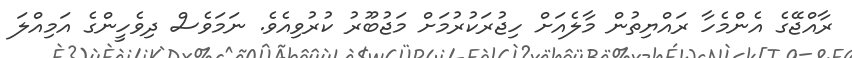
ރާއްޖޭގެ އެންމެހާ ރައްޔިތުން މާލެއަށް ހިޖުރަކުރުމަށް މަޖުބޫރު ކުރުވިއެވެ. ނަމަވެސް ދިވެހީންގެ އަމިއްލަ